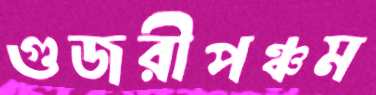
গুজরীপঞ্চম